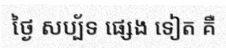
ថ្ងៃ សប្ប័ទ ផ្សេង ទៀត គឺ